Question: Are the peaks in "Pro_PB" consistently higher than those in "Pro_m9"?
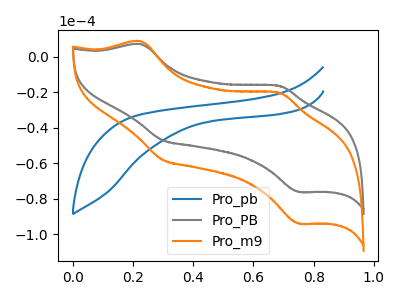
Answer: <think>The blue curve "Pro_pb" has no peaks. The gray curve "Pro_PB" has anodic peaks at (0.25V, 6.95uA) (0.70V, -16.50uA) and cathodic peaks at (0.30V, -47.05uA) (0.75V, -76.25uA). The orange curve "Pro_m9" has anodic peaks at (0.25V, 8.60uA) (0.70V, -20.35uA) and cathodic peaks at (0.30V, -58.10uA) (0.75V, -94.10uA).</think>
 <answer>The peaks in "Pro_PB" are neither all higher or all lower than the peaks in "Pro_m9".</answer>
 <eval>mixed</eval>